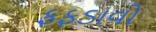
ફફડાવો